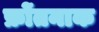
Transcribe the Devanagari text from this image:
फ्रोंतनाक